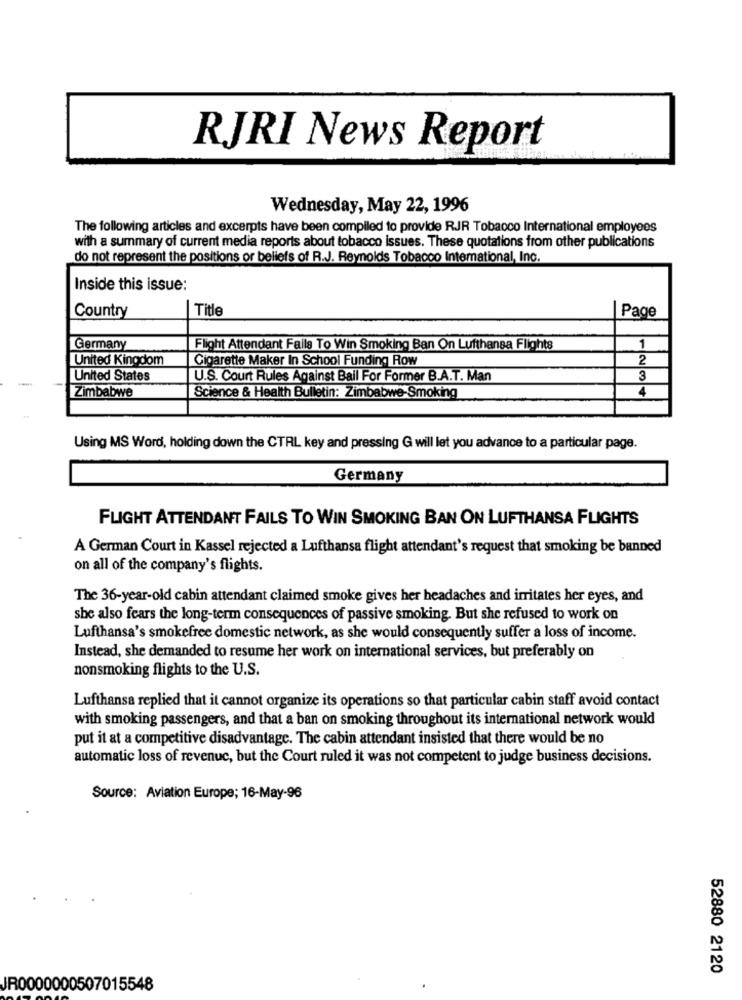
RJRI News Report
Wednesday, May 22, 1996
The following articles and excerpts have been compiled to provide RJR Tobacco International employees
with a summary of current media reports about tobacco issues. These quotations from other publications
do not represent the positions or beliefs of R.J. Reynolds Tobacco International, Inc.
Inside this issue:
Country
Title
Page
Germany
Flight Attendant Fails To Win Smoking Ban On Lufthansa Flights
1
United Kingdom
Cigarette Maker In School Funding Row
2
United States
U.S. Court Rules Against Bail For Former B.A.T. Man
3
4
Zimbabwe
Science & Health Bulletin: Zimbabwe-Smoking
Using MS Word, holding down the CTRL key and pressing G will let you advance to a particular page.
Germany
FLIGHT ATTENDANT FAILS TO WIN SMOKING BAN ON LUFTHANSA FLIGHTS
A German Court in Kassel rejected a Lufthansa flight attendant's request that smoking be banned
on all of the company's flights.
The 36-year-old cabin attendant claimed smoke gives her headaches and irritates her eyes, and
she also fears the long-term consequences of passive smoking. But she refused to work on
Lufthansa's smokefree domestic network, as she would consequently suffer a loss of income.
Instead, she demanded to resume her work on international services, but preferably on
nonsmoking flights to the U.S.
Lufthansa replied that it cannot organize its operations so that particular cabin staff avoid contact
with smoking passengers, and that a ban on smoking throughout its international network would
put it at a competitive disadvantage. The cabin attendant insisted that there would be no
automatic loss of revenuc, but the Court ruled it was not competent to judge business decisions.
Source: Aviation Europe; 16-May-96
52880 2120
JR0000000507015548